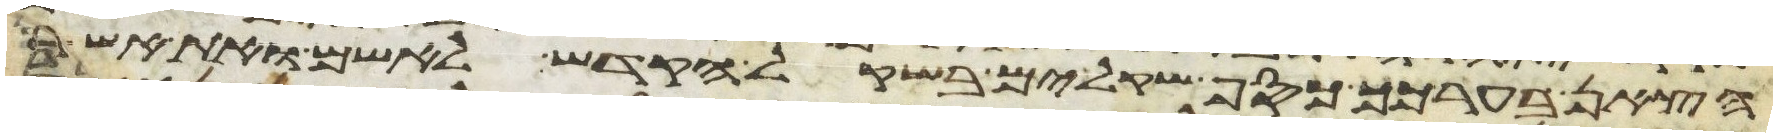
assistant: הצאן בערכך כסף שקלים בשקל הקדש לאשם ואת אשר